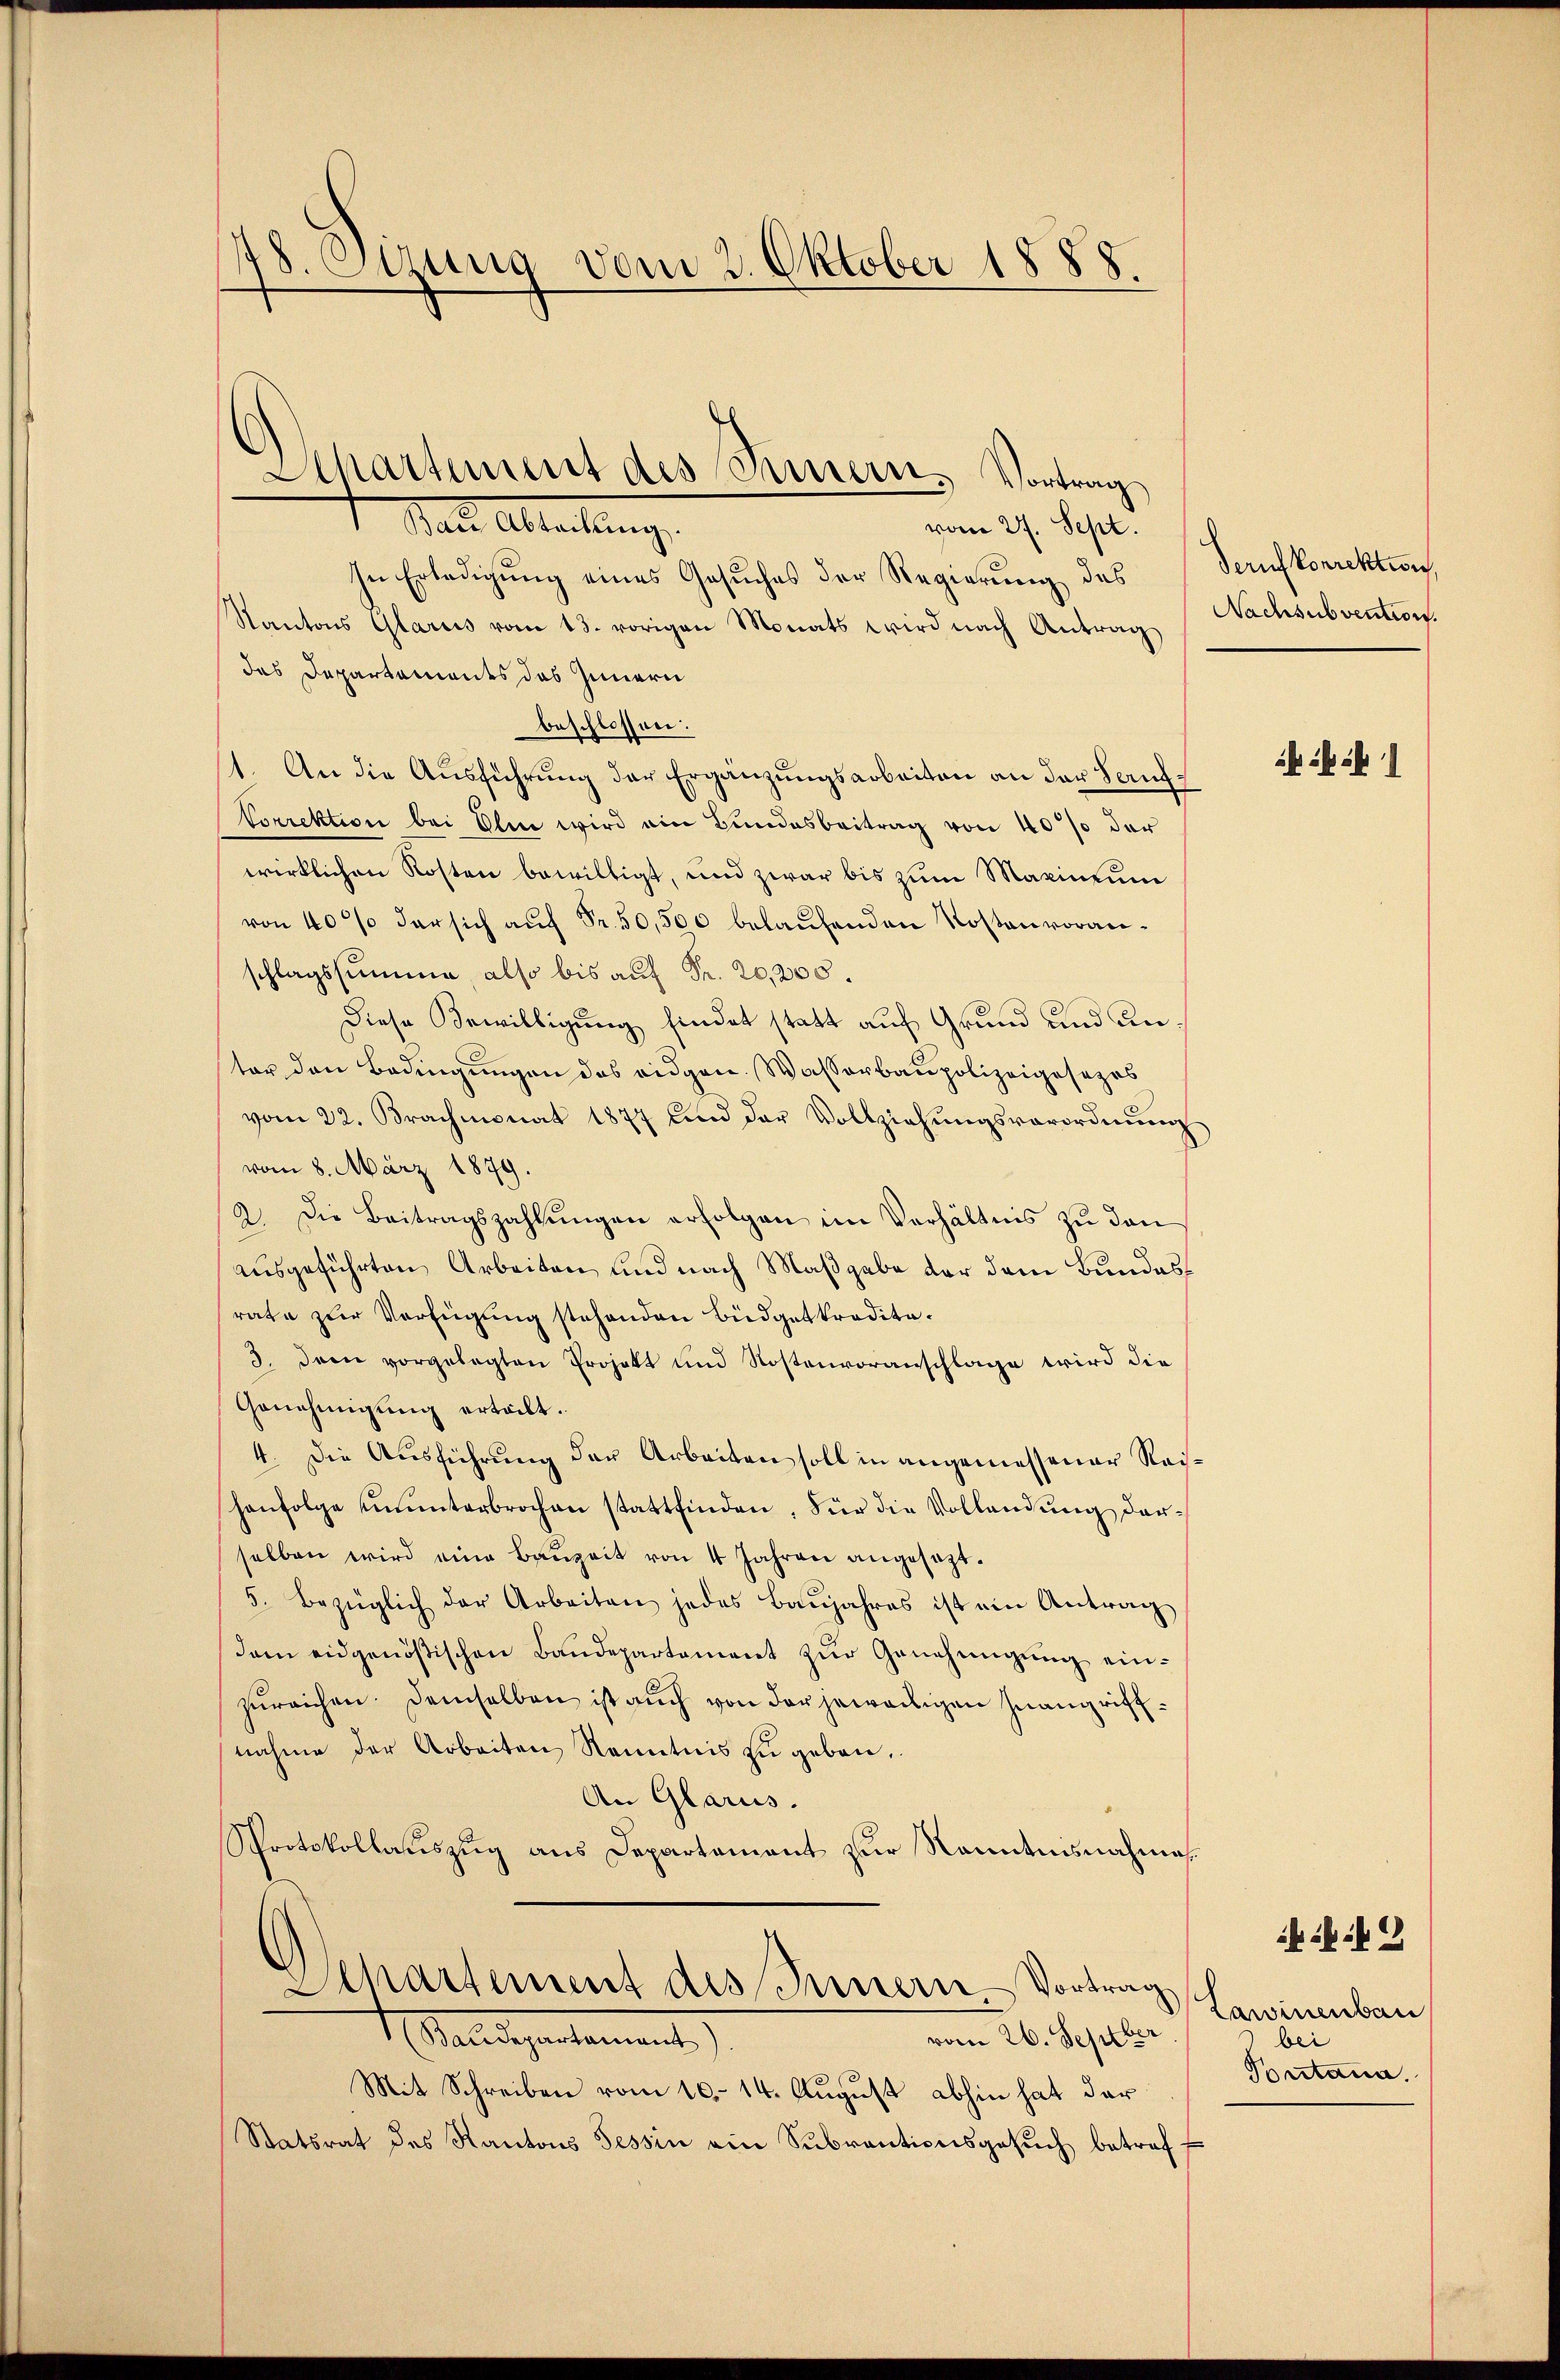
78. Etzung vom 2. Oktober 1888

Departement des Innern. Vortrag

Male Abtrettung
vom 27. Sept.
In Erledigung eines Gesuches der Regierung des Sernkorrektion
Kantons Glarus vom 13. vorigen Monats wird nach Antrag
des Departements das Innern
beschlossen:
1. An die Ausführung der Ergänzungsarbeiten an der Sanf¬
Torrektion bei Elie wird ein Bundesbeitrag von 40% der
wirklichen Kosten bewilligt, und zwar bis zum Maximum
von 40% der sich auf Fr. 50,500 belaufenden Kostenvoranschlagssumme, also bis auf Fr. 20,200.
Diese Bewilligung findet statt auf Grund und an
ter den Bedingungen das eidgen. Wasserbaupolizeigesezes
vom 22. Brachmonat 1877 und der Vollziehŭngsverordnŭng
vom 8. März 1879.
2. Die Beitragszahlŭngen erfolgen im Verhältnis zu den
ausgeführten Arbeiten und nach Maßgabe der dem Bundesrate zur Verfügung stehenden Budgetkredita¬
3. Dann vorgelegten Projekt und Kostenvoranschlage wird die
Genehmigung erteilt.
4. Die Ausführung der Arbeiten soll in angemessener Reihenfolge ununterbrochen stattfinden, Für die Vollendung darselben wird eine Bauzeit von 4 Jahren angesezt.
5. Bezüglich der Arbeiten jedes Baŭjahres ist ein Antrag
dem eidgenößischen Baudepartement zŭr Genehmigŭng ein-
zureichen. Demselben ist auch von der jeweiligen Inangriffnahme der Arbeiten Kenntnis zŭ geben.
An Glarus.
Sprotokollauszug aus Departement zur Kenntnisnahme
Departement des Innern Vortrag
1. Seligenstament
vom 26. Septber
Mit Schreiben vom 10. 14. August abhin hat der
Statsrat des Kantons Tessin ein Subventionsgesŭch betreff

Nachsubvention.

ih ihr übr

Lawinenbau
bei
Pontana.